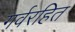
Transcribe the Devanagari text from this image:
गर्वरहित